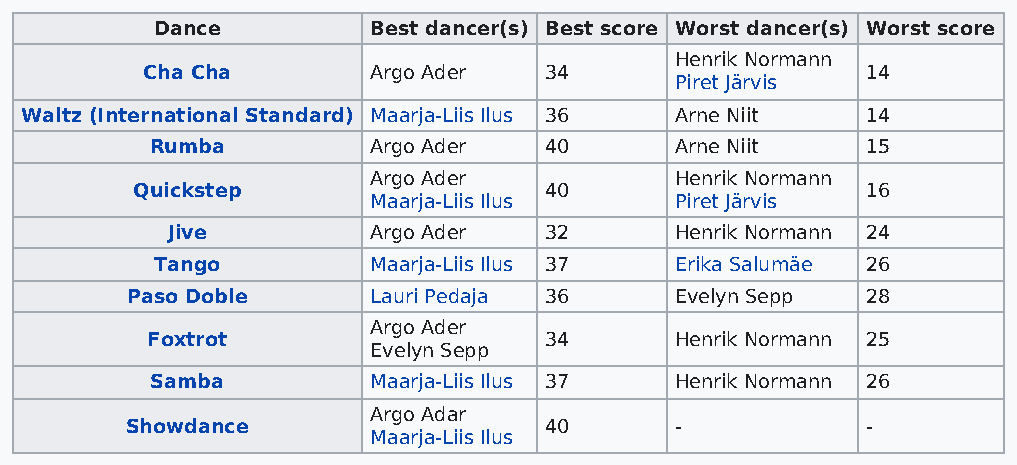
Dance          Best dancer(s) Best score Worst dancer(s) Worst score
 Henrik Normann
 Cha Cha         Argo Ader  34                   14
 Piret Järvis
 Waltz (International Standard) Maarja-Liis Ilus 36 Arne Niit 14
 Rumba          Argo Ader  40       Arne Niit   15
 Argo Ader           Henrik Normann
 Quickstep                  40                   16
 Maarja-Liis Ilus    Piret Järvis
 Jive          Argo Ader  32       Henrik Normann 24
 Tango          Maarja-Liis Ilus 37 Erika Salumäe 26
 Paso Doble       Lauri Pedaja 36     Evelyn Sepp 28
 Argo Ader
 Foxtrot                   34       Henrik Normann 25
 Evelyn Sepp
 Samba          Maarja-Liis Ilus 37 Henrik Normann 26
 Argo Adar
 Showdance                   40       -           -
 Maarja-Liis Ilus